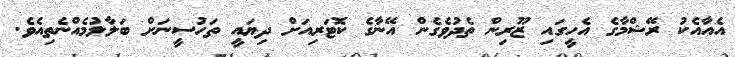
އެއާއެކު ރޭޝްމާގެ އެހީގައި ޒޫރިން ތެދުވެގެން އޭނާގެ ކޮޓަރިއަށް ދިޔައީ ތަހުސީނަށް ބަލާލުމެއްނެތިއެވެ.